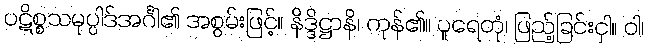
ပဋိစ္စသမုပ္ပါဒ်အင်္ဂါ၏ အစွမ်းဖြင့်။ နိဒ္ဒိဋ္ဌာနိ၊ ကုန်၏။ ပူရေတုံ၊ ဖြည့်ခြင်းငှါ။ ဝါ၊